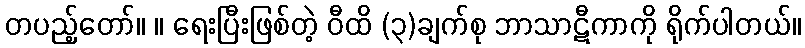
တပည့်တော်။ ။ ရေးပြီးဖြစ်တဲ့ ဝီထိ (၃)ချက်စု ဘာသာဋီကာကို ရိုက်ပါတယ်။